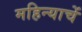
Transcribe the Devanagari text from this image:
महिन्याचें